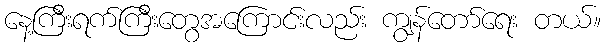
နေ့ကြီးရက်ကြီးတွေအကြောင်းလည်း ကျွန်တော်ရေး တယ်။